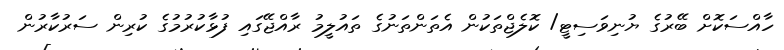
ހާއްސަކޮށް ބޭރުގެ ޔުނިވަސިޓީ/ ކޮލެޖްތަކުން އެތަންތަނުގެ ތައުލީމު ރާއްޖޭގައި ފުޅާކުރުމުގެ ކުރިން ސަރުކާރުން